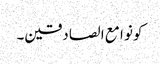
کونو ا مع ا لصادقین۔